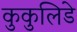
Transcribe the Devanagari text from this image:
कुकुलिडे